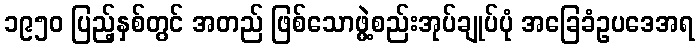
၁၉၅၀ ပြည့်နှစ်တွင် အတည် ဖြစ်သောဖွဲ့စည်းအုပ်ချုပ်ပုံ အခြေခံဥပဒေအရ